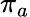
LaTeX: \pi_{a}